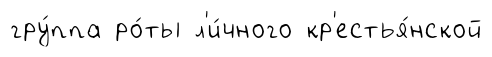
гру́ппа ро́ты л'и́чного кр'естья́нской